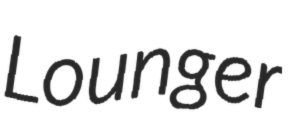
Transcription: Lounger